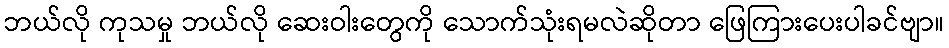
ဘယ်လို ကုသမှု ဘယ်လို ဆေးဝါးတွေကို သောက်သုံးရမလဲဆိုတာ ဖြေကြားပေးပါခင်ဗျာ။